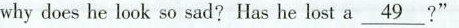
why does he look so sad? Has he lost a \underline{49}?